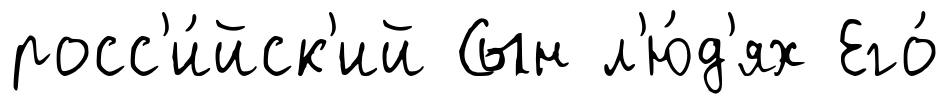
росс'и́йск'ий Сын л'ю́д'ях Его́